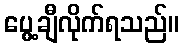
ပွေ့ချီလိုက်ရသည်။